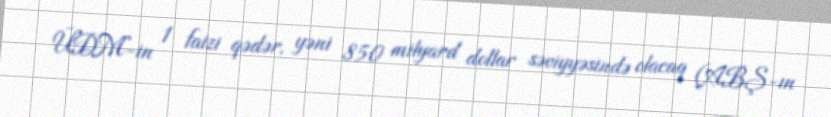
ÜDM-in 1 faizi qədər, yəni 850 milyard dollar səviyyəsində olacaq (ABŞ-ın